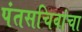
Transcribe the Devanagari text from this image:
पंतसचिवांचा